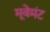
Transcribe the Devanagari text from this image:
मूवेमंट